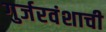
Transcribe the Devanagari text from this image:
गुर्जरवंशाची